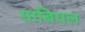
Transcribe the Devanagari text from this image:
ग्राबियल